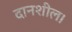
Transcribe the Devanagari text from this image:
दानशील।